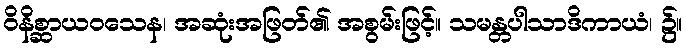
ဝိနိစ္ဆာယဝသေန၊ အဆုံးအဖြတ်၏ အစွမ်းဖြင့်။ သမန္တပါသာဒိကာယံ၊ ၌။